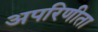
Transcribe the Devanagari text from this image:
अपरिणीता